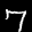
Label: 7